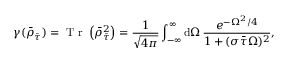
\gamma ( \bar { \rho } _ { \bar { \tau } } ) = \mathrm { ~ T ~ r ~ } \left( \bar { \rho } _ { \bar { \tau } } ^ { 2 } \right) = \frac { 1 } { \sqrt { 4 \pi } } \int _ { - \infty } ^ { \infty } \mathrm { d } \Omega \, \frac { e ^ { - \Omega ^ { 2 } / 4 } } { 1 + ( \sigma \bar { \tau } \Omega ) ^ { 2 } } ,